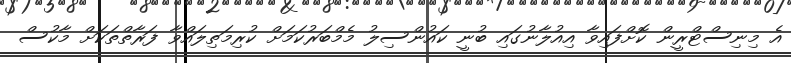
އެ މިނިސްޓްރީން ކޮށްފައިވާ އިއުލާނުގައި ބުނީ ކައުންސިލު މެމްބަރުކަމަށް ކުރިމަތިލައްވާ ފަރާތްތަކަށް މާކުސް